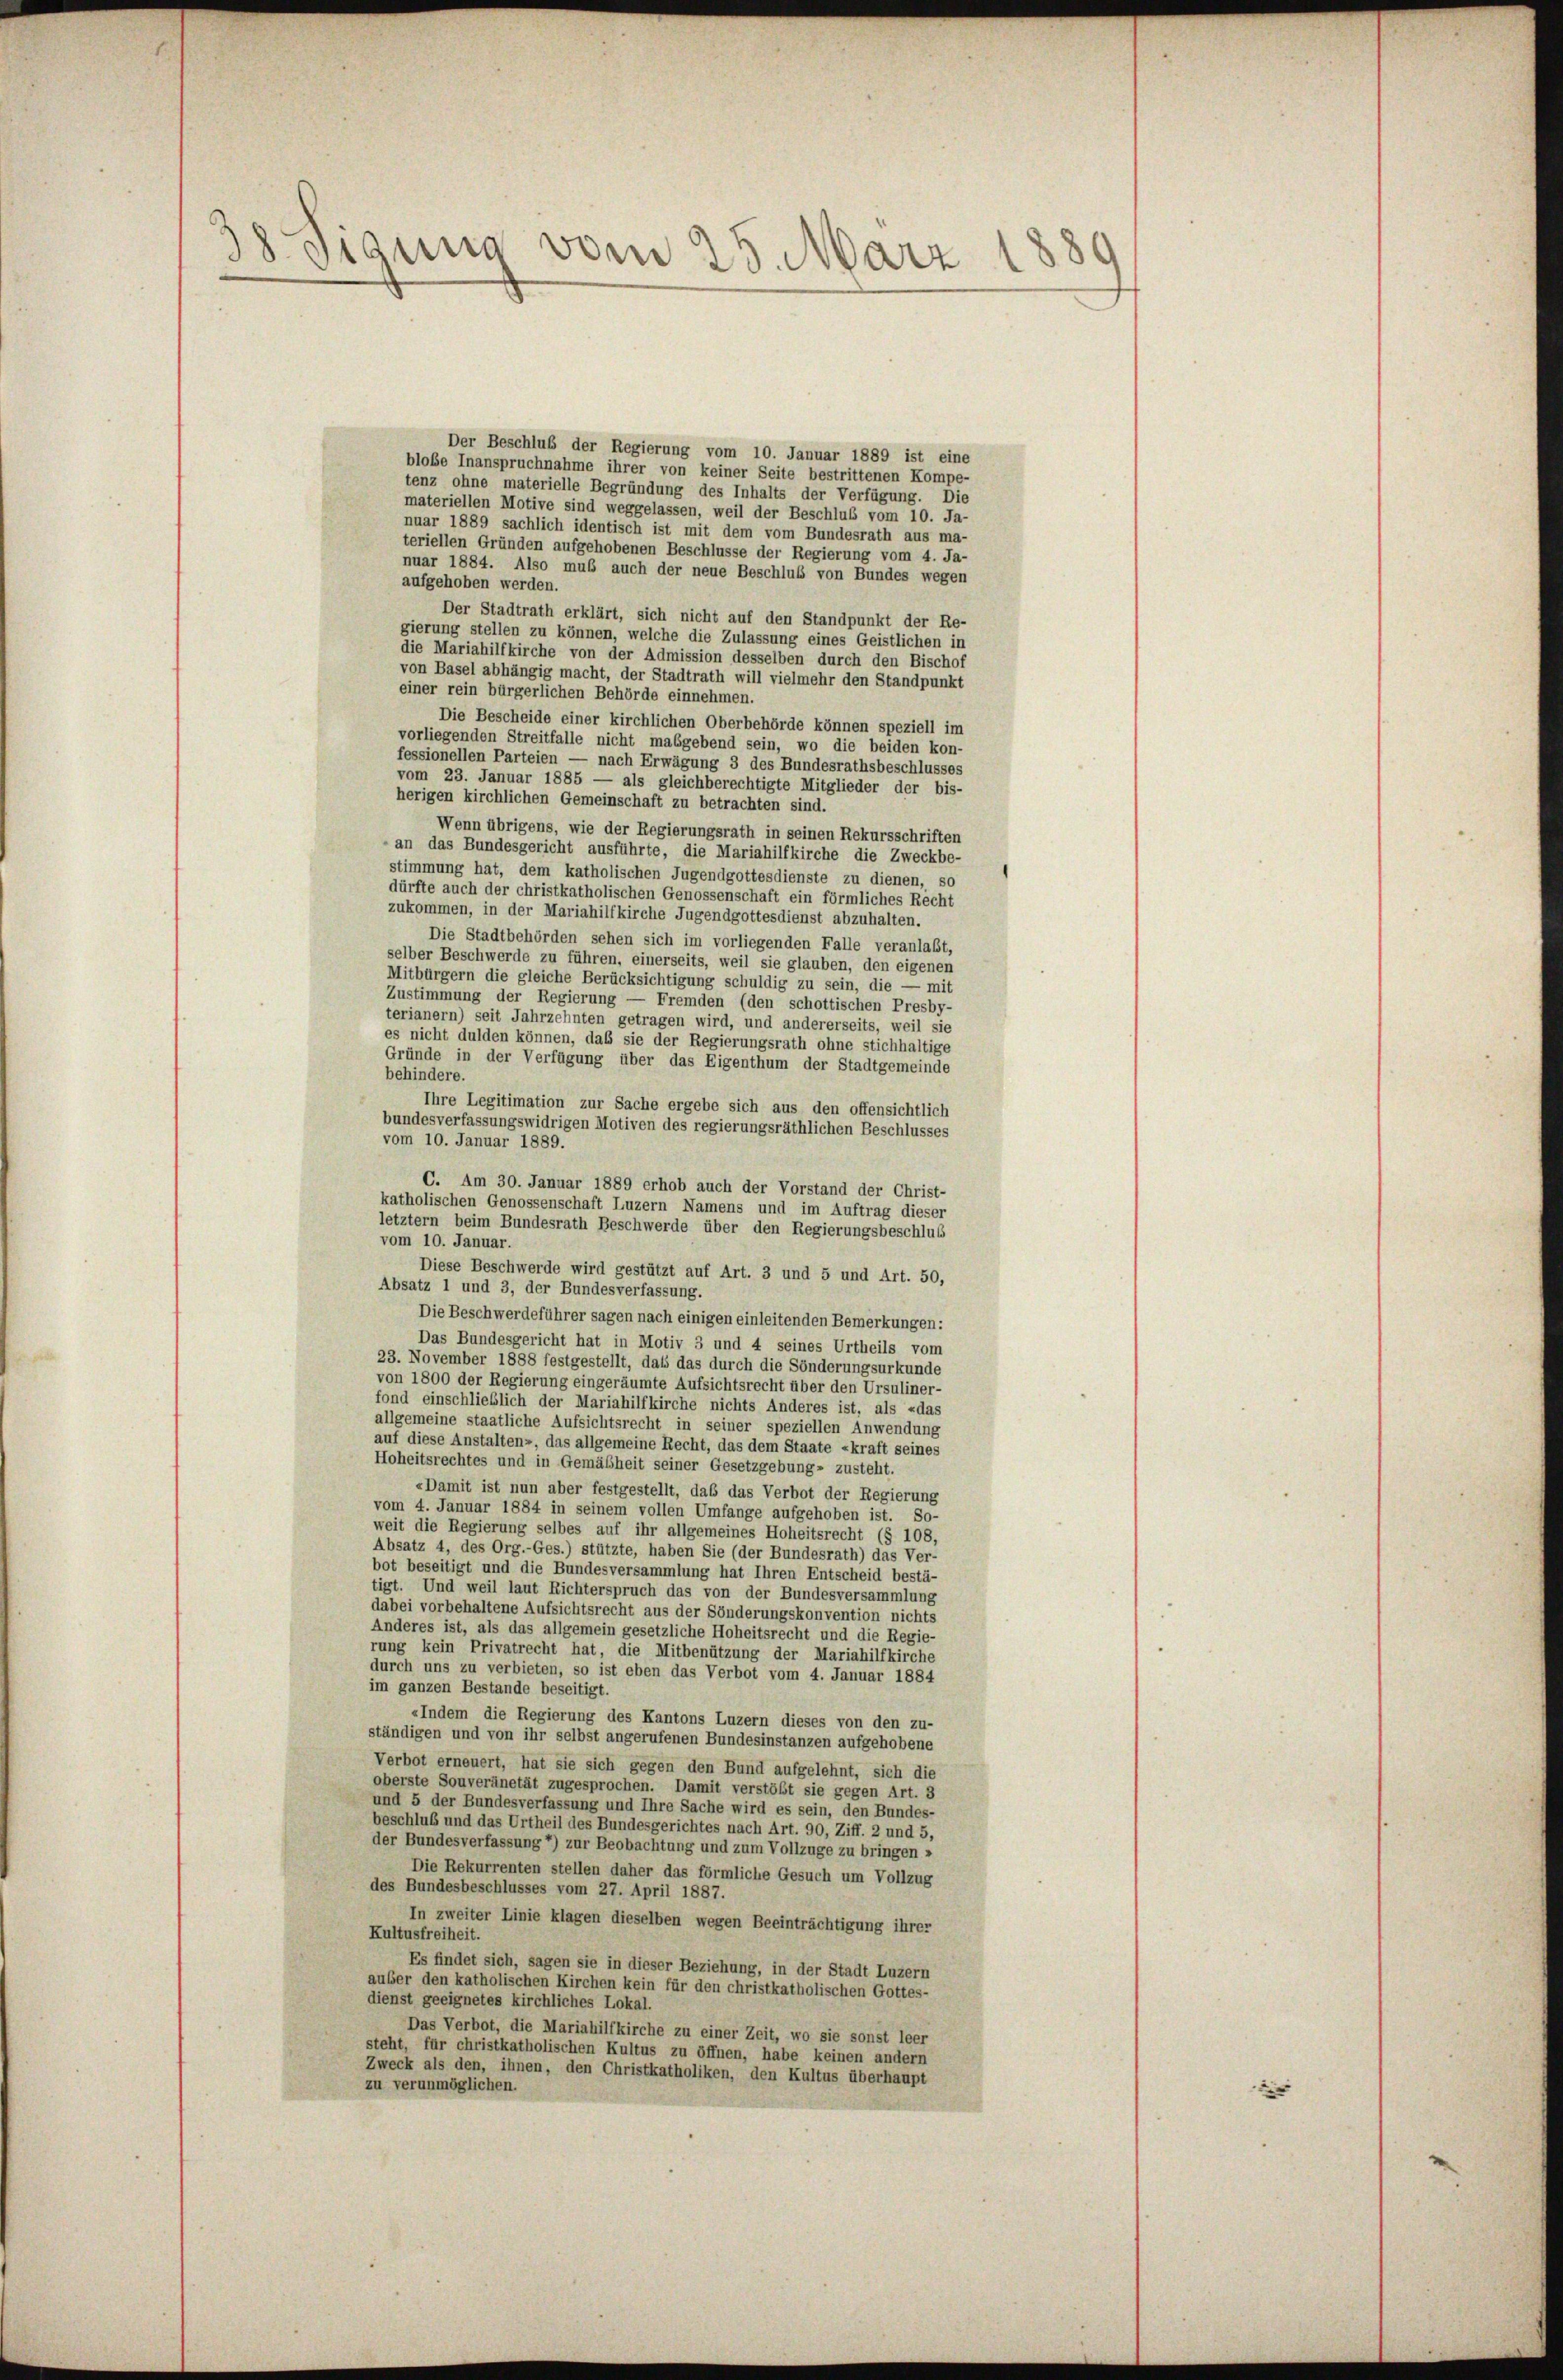
38 Tigung vom 25. März
d

Der Beschluß der Regierung vom 10. Januar 1889 ist eine
blobe Inanspruchnahme ihrer von keiner Seite bestrittenen Kompe-
tenz ohne materielle Begründung des Inhalts der Verfügung. Die
materiellen Motive sind weggelassen, weil der Beschluß vom 10. Ja-
nuar 1889 sachlich identisch ist mit dem vom Bundesrath aus ma-
teriellen Gründen aufgehobenen Beschlüsse der Regierung vom 4. Ja-
nuar 1884. Also muß auch der neue Beschluß von Bundes wegen
aufgehoben werden.
Der Stadtrath erklärt, sich nicht auf den Standpunkt der Re-
gierung stellen zu können, welche die Zulassung eines Geistlichen in
die Mariahilfkirche von der Admission desselben durch den Bischof
von Basel abhängig macht, der Stadtrath will vielmehr den Standpunkt
einer rein bürgerlichen Behörde einnehmen.
Die Bescheide einer kirchlichen Oberbehörde können speziell im
vorliegenden Streitfalle nicht maßgebend sein, wo die beiden kon-
fessionellen Parteien — nach Erwägung 3 des Bundesrathsbeschlusses
vom 23. Januar 1885 — als gleichberechtigte Mitglieder der bis-
herigen kirchlichen Gemeinschaft zu betrachten sind.
Wenn übrigens, wie der Regierungsrath in seinen Rekursschriften
an das Bundesgericht ausführte, die Mariahilfkirche die Zweckbe-
stimmung hat, dem katholischen Jugendgottesdienste zu dienen, so
dürfte auch der christkatholischen Genossenschaft ein förmliches Recht
zukommen, in der Mariahilfkirche Jugendgottesdienst abzuhalten.
Die Stadtbehörden sehen sich im vorliegenden Falle veranlaßt,
selber Beschwerde zu führen, einerseits, weil sie glauben, den eigenen
Mitbürgern die gleiche Berücksichtigung schuldig zu sein, die — mit
Zustimmung der Regierung — Fremden (den schottischen Presby-
terianern) seit Jahrzehnten getragen wird, und andererseits, weil sie
es nicht dulden können, daß sie der Regierungsrath ohne stichhaltige
Gründe in der Verfügung über das Eigenthum der Stadtgemeinde
behindere.
Ihre Legitimation zur Sache ergebe sich aus den offensichtlich
bundesverfassungswidrigen Motiven des regierungsräthlichen Beschlusses
vom 10. Januar 1889.
C. Am 30. Januar 1889 erhob auch der Vorstand der Christ-
katholischen Genossenschaft Luzern Namens und im Auftrag dieser
letztem beim Bundesrath Beschwerde über den Regierungsbeschlus
vom 10. Januar.
Diese Beschwerde wird gestützt auf Art. 3 und 5 und Art. 50,
Absatz 1 und 3, der Bundesverfassung.
Die Beschwerdeführer sagen nach einigen einleitenden Bemerkungen:
Das Bundesgericht hat in Motiv 3 und 4 seines Urtheils vom
23. November 1888 festgestellt, dass das durch die Sönderungsurkunde
von 1800 der Regierung eingeräumte Aufsichtsrecht über den Ursuliner-
fond einschließlich der Mariahilfkirche nichts Anderes ist, als «das
allgemeine staatliche Aufsichtsrecht in seiner speziellen Anwendung
auf diese Anstalten-, das allgemeine Recht, das dem Staate «kraft seines
Hoheitsrechtes und in Gemäßheit seiner Gesetzgebung- zusteht.
«Damit ist nun aber festgestellt, das das Verbot der Regierung
vom 4. Januar 1884 in seinem vollen Umfange aufgehoben ist. So-
weit die Regierung selbes auf ihr allgemeines Hoheitsrecht (§ 108,
Absatz 4, des Org.-Ges.) stützte, haben Sie (der Bundesrath) das Ver-
bot beseitigt und die Bundesversammlung hat Ihren Entscheid bestä-
tigt. Und weil laut Richterspruch das von der Bundesversammlung
dabei vorbehaltene Aufsichtsrecht aus der Sönderungskonvention nichts
Anderes ist, als das allgemein gesetzliche Hoheitsrecht und die Regie-
rung kein Privatrecht hat, die Mitbenützung der Mariahilfkirche
durch uns zu verbieten, so ist eben das Verbot vom 4. Januar 1884
im ganzen Bestande beseitigt.
«Indem die Regierung des Kantons Luzern dieses von den zu-
ständigen und von ihr selbst angerufenen Bundesinstanzen aufgehobene
Verbot erneuert, hat sie sich gegen den Bund aufgelehnt, sich die
oberste Souveränetät zugesprochen. Damit verstöbt sie gegen Art. 3
und 5 der Bundesverfassung und Ihre Sache wird es sein, den Bundes-
beschluß und das Urtheil des Bundesgerichtes nach Art. 90, Ziff. 2 und 5,
der Bundesverfassung 4) zur Beobachtung und zum Vollzuge zu bringen »
Die Rekurrenten stellen daher das förmliche Gesuch um Vollzug
des Bundesbeschlusses vom 27. April 1887.
In zweiter Linie klagen dieselben wegen Beeinträchtigung ihrer
Kultusfreiheit.
Es findet sich, sagen sie in dieser Beziehung, in der Stadt Luzern
auber den katholischen Kirchen kein für den christkatholischen Gottes-
dienst geeignetes kirchliches Lokal.
Das Verbot, die Mariahilfkirche zu einer Zeit, wo sie sonst leer
steht, für christkatholischen Kultus zu öffnen, habe keinen andern
Zweck als den, ihnen, den Christkatholiken, den Kultus überhaupt
zu verunmögliches